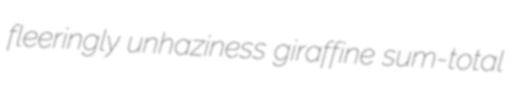
fleeringly unhaziness giraffine sum-total